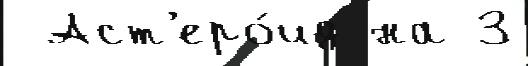
 Аст'еро́ид на 3